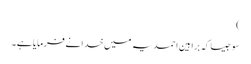
)
سو جیسا کہ براہین احمدیہ میں خدا نے فرمایا ہے ۔